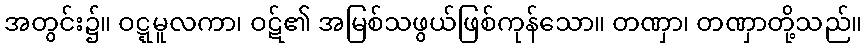
အတွင်း၌။ ဝဋ္ဋမူလကာ၊ ဝဋ်၏ အမြစ်သဖွယ်ဖြစ်ကုန်သော။ တဏှာ၊ တဏှာတို့သည်။